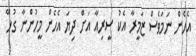
އެހެން ނަމަވެސް ޒަމީރާ އެކު ސީރިއާ އަށް ދިޔަ އެހެން މީހުންނާ ގުޅޭ